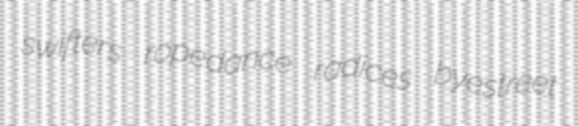
swifters ropedance radices byestreet